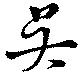
呉